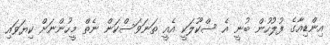
އިންޑިއާގެ ފުލުހުން ބުނީ އެ ސްކޫލަކީ އެއީ ތަނަވަސްކަން ނެތް މީހުންނަށް ކިޔަވައި